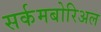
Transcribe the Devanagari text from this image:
सर्कमबोरिअल